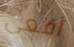
أفعى